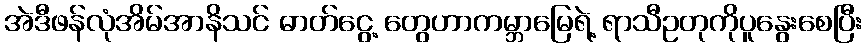
အဲဒီဖန်လုံအိမ်အာနိသင် ဓာတ်ငွေ့ တွေဟာကမ္ဘာမြေရဲ့ ရာသီဥတုကိုပူနွေးစေပြီး